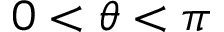
0 < \theta < \pi